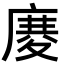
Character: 𢊋